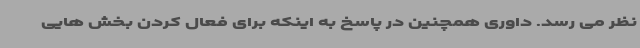
نظر می رسد. داوری همچنین در پاسخ به اینکه برای فعال کردن بخش هایی